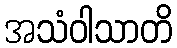
အသံဝါသာတိ